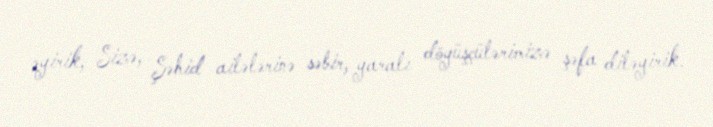
əyirik, Sizə, Şəhid ailələrinə səbir, yaralı döyüşçülərimizə şəfa diləyirik.